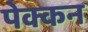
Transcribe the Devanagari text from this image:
पेक्कन